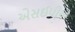
એસઈપીએ